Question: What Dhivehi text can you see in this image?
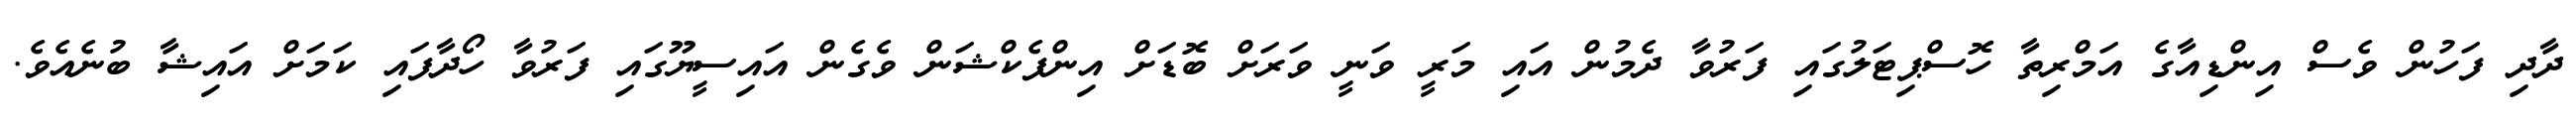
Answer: ދާދި ފަހުން ވެސް އިންޑިއާގެ އަމްރިތާ ހޮސްޕިޓަލުގައި ފަރުވާ ދެމުން އައި މަރީ ވަނީ ވަރަށް ބޮޑަށް އިންފެކްޝަން ވެގެން އައިސީޔޫގައި ފަރުވާ ހޯދާފައި ކަމަށް އައިޝާ ބުނެއެވެ.